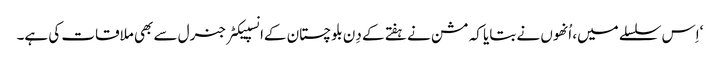
‘اِس سلسلے میں، اُنھوں نے بتایا کہ مشن نے ہفتے کے دِن بلوچستان کےانسپیکٹر جنرل سے بھی ملاقات کی ہے۔